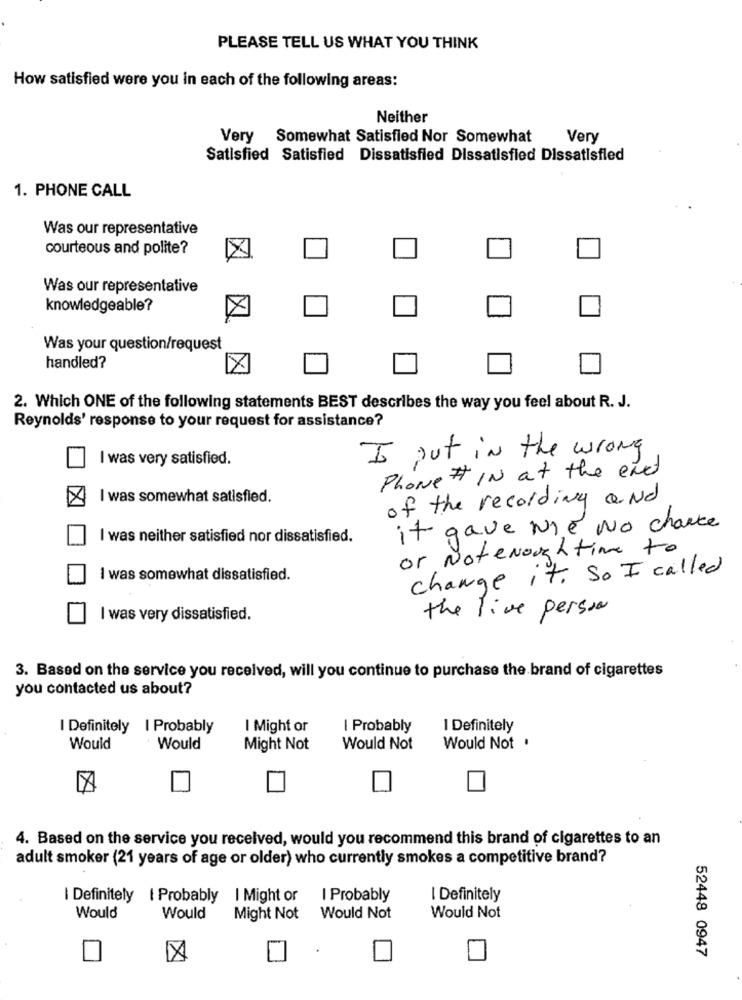
PLEASE TELL US WHAT YOU THINK
How satisfied were you in each of the following areas:
Neither
Very Somewhat Satisfied Nor Somewhat
Very
Satisfied Satisfied Dissatisfied Dissatisfied Dissatisfied
1. PHONE CALL
Was our representative
courteous and polite?
Was our representative
knowledgeable?
Was your question/request
handled?
2. Which ONE of the following statements BEST describes the way you feel about R. J.
Reynolds' response to your request for assistance?
II out in the wrong
I was very satisfied.
Phone I IN at the end
I was somewhat satisfied.
of the recording and
it gave me No chance
I was neither satisfied nor dissatisfied.
or Not enough time to
change it. So I called
I was somewhat dissatisfied.
the live person
I was very dissatisfied.
3. Based on the service you received, will you continue to purchase the brand of cigarettes
you contacted us about?
I Definitely | Probably
I Might or
I Probably
I Definitely
Would
Would
Might Not
Would Not
Would Not .
4. Based on the service you received, would you recommend this brand of cigarettes to an
adult smoker (21 years of age or older) who currently smokes a competitive brand?
I Definitely | Probably
I Might or
I Probably
I Definitely
Would
Would
Might Not
Would Not
Would Not
52448 0947
A